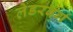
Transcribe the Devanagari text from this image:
लेडरबर्ग